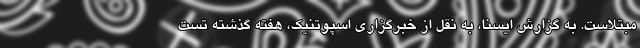
مبتلاست. به گزارش ایسنا، به نقل از خبرگزاری اسپوتنیک، هفته گذشته تست